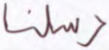
رسلنا